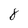
Character: 8